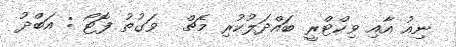
ނިއު އާއި ވިކްޓްރީ ބައްދަލުކުރި މެޗް  ވަގުތު ފޮޓޯ : އަބްދު